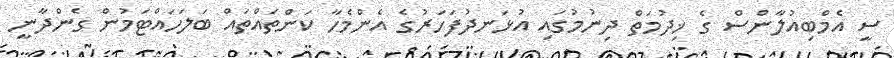
ސީ އެމްބިއުލާންސް ގެ ޚިދުމަތް ދިނުމުގައި އުޅަނދުފަހަރުގެ އެންމެހާ ކަންތައްތައް ބަލަހައްޓަމުން ގެންދާނީ